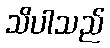
သိပါသည်